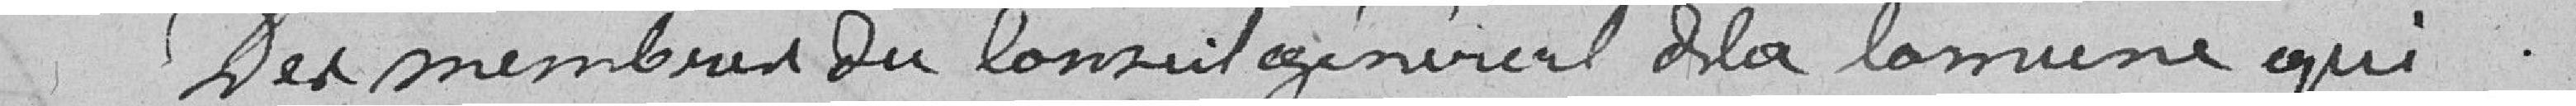
Des membres du Conseil Général de la Commune qui